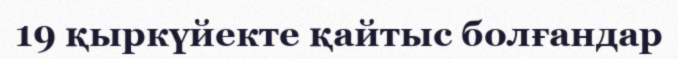
19 қыркүйекте қайтыс болғандар